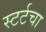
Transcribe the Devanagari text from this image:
स्टर्टचा